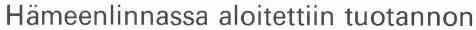
Hämeenlinnassa aloitettiin tuotannon